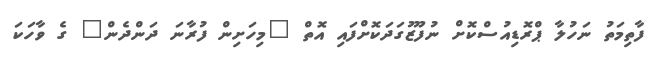
ފާތިމަތު ނަހުލާ ޕްރޮޑިއުސްކޮށް ނުފޫޒުގަދަކޮށްފައި އޮތް "މިހަށިން ފުރާނަ ދަންދެން" ގެ ވާހަކަ